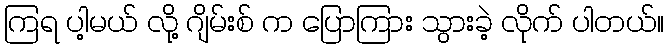
ကြရ ပါ့မယ် လို့ ဂျိမ်းစ် က ပြောကြား သွားခဲ့ လိုက် ပါတယ်။